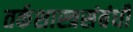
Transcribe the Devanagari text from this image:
तर्कशास्त्रसंबंधी